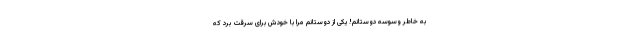
به خاطر وسوسه دوستانم! یکی از دوستانم مرا با خودش برای سرقت برد که